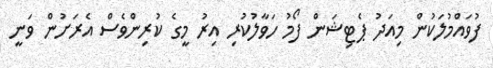
ފުވައްމުލަކުން މިއަދު ޕެޓިޝަން ފޯމު ހަވާލުކުރި އިރު މީގެ ކުރިންވެސް އެރަށުން ވަނީ